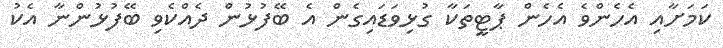
ކަމަށާއި އެހެންވެ އެހެން ޕާޓީތަކާ ގުޅިވަޑައިގެން އެ ބޭފުޅުން ދެއްކެވި ބޭފުޅުންނާ އެކު